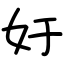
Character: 㚥